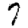
Digit: 7